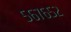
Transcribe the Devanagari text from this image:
५६७६५२